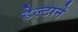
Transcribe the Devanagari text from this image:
डेल्टाने